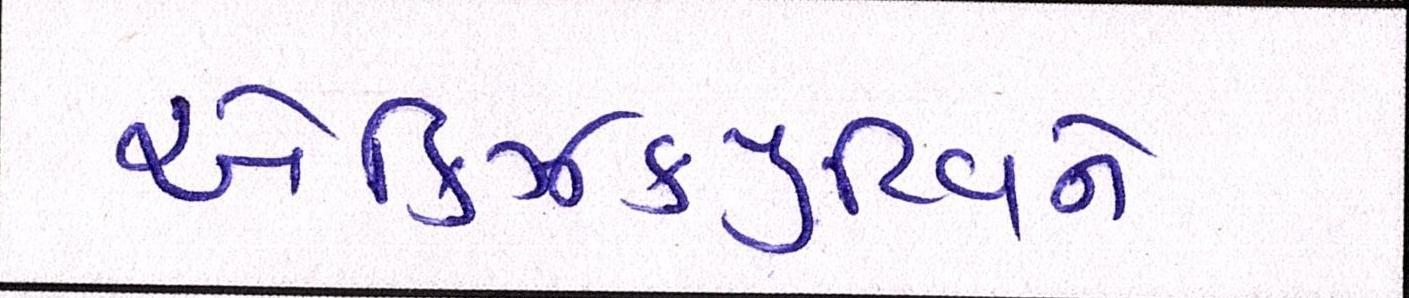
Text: એક્ઝિક્યુટિવને